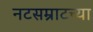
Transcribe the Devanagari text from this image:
नटसम्राटच्या